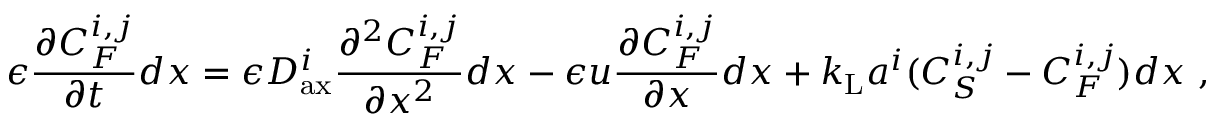
\epsilon \frac { \partial C _ { F } ^ { i , j } } { \partial t } d x = \epsilon D _ { \mathrm { a x } } ^ { i } \frac { \partial ^ { 2 } C _ { F } ^ { i , j } } { \partial x ^ { 2 } } d x - \epsilon u \frac { \partial C _ { F } ^ { i , j } } { \partial x } d x + k _ { \mathrm { L } } a ^ { i } ( C _ { S } ^ { i , j } - C _ { F } ^ { i , j } ) d x \ ,